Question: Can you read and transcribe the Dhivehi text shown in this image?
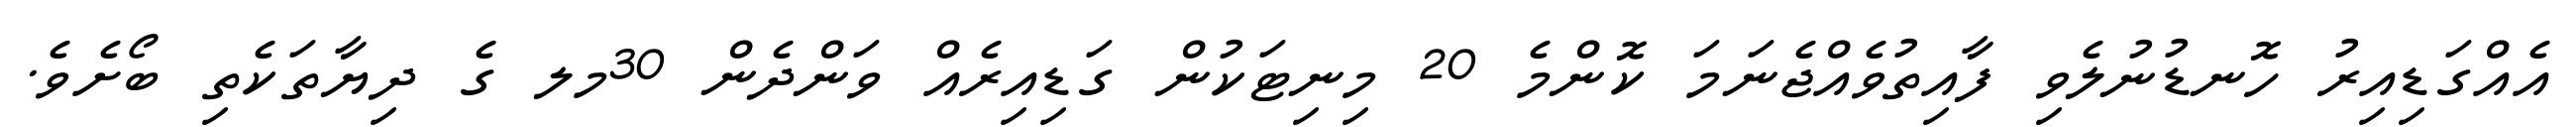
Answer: އެއްގަޑިއިރު ހޮނޑުނުލެވި ފާއިތުވެއްޖެނަމަ ކޮންމެ 20 މިނިޓަކުން ގަޑިއިރެއް ވަންދެން 30މލ ގެ ދިޔާތަކެތި ބޯށެވެ.